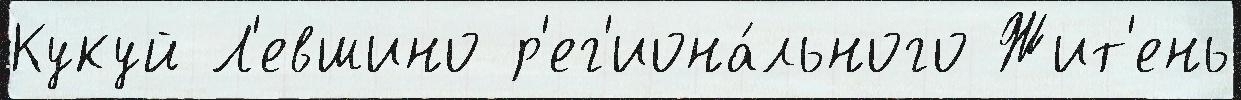
Кукуй Л'евшино р'ег'иона́льного Жит'ень